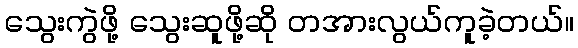
သွေးကွဲဖို့ သွေးဆူဖို့ဆို တအားလွယ်ကူခဲ့တယ်။